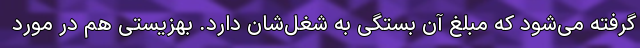
گرفته می‌شود که مبلغ آن بستگی به شغل‌شان دارد. بهزیستی هم در مورد